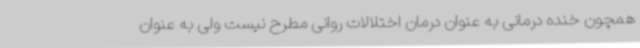
همچون خنده درمانی به عنوان درمان اختلالات روانی مطرح نیست ولی به عنوان